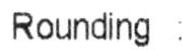
ROUNDING :